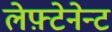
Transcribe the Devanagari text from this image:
लेफ़्टेनेन्ट